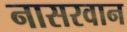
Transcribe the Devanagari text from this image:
नासरवान